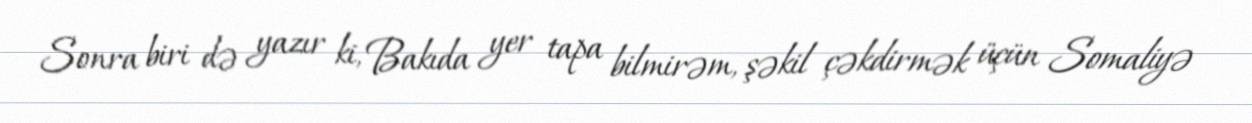
Sonra biri də yazır ki, Bakıda yer tapa bilmirəm, şəkil çəkdirmək üçün Somaliyə